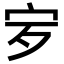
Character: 𡧒